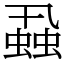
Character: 蝨